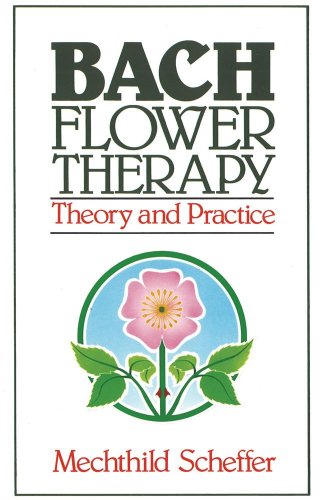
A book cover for Bach Flower Therapy: Theory and Practice; Mechthild Scheffer; Health, Fitness & Dieting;